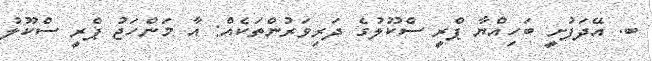
ބ. އޭދަފުށީ ބަހިއްޔާ ޕްރީ ސްކޫލުގެ ދަރިވަރުންތަކެއް: އާ މަންހަޖު ޕްރީ ސްކޫލު